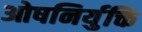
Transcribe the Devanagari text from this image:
ओषनिर्युक्ति